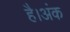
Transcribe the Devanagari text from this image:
है।अंक